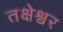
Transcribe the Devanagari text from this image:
तक्षेश्वर